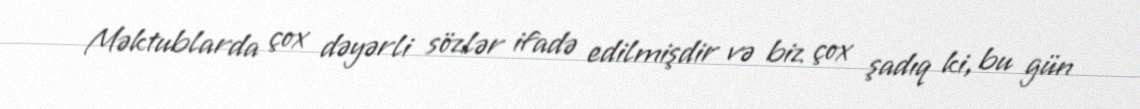
Məktublarda çox dəyərli sözlər ifadə edilmişdir və biz çox şadıq ki, bu gün